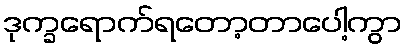
ဒုက္ခရောက်ရတော့တာပေါ့ကွာ